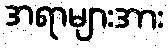
အရာများအား